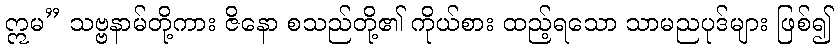
ဣမ” သဗ္ဗနာမ်တို့ကား ဇိနော စသည်တို့၏ ကိုယ်စား ထည့်ရသော သာမညပုဒ်များ ဖြစ်၍